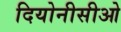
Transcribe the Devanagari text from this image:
दियोनीसीओ